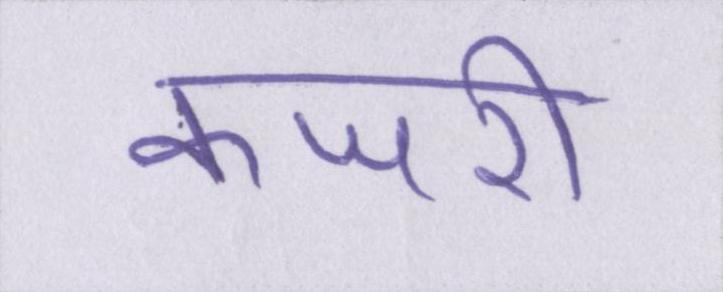
कजरी